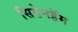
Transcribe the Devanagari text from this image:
सिडेनहॅम